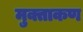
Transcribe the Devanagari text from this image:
मुक्ताकण